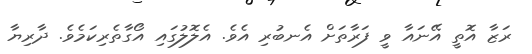
ރަޒާ އޮތީ އޭނައާ ވީ ފަރާތަށް އެނބުރި އެވެ. އެލޮލުގައި އޯގާތެރިކަމެވެ. ދާރިޔާ